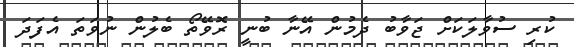
ކުރި ސުވާލަކަށް ޖަވާބު ދެމުން އޭނާ ބުނީ ރޮވޭތޯ ބެލުން ނުވަތަ އެފަދަ